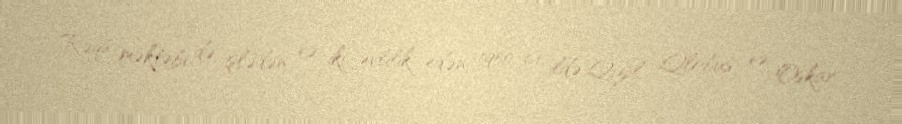
Rəqs məktəbi də işlədən və iki evlilik edən, 1950-ci ildə Qızıl Qlobus və Oskar